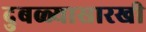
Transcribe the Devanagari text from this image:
दुबळ्यासारखी